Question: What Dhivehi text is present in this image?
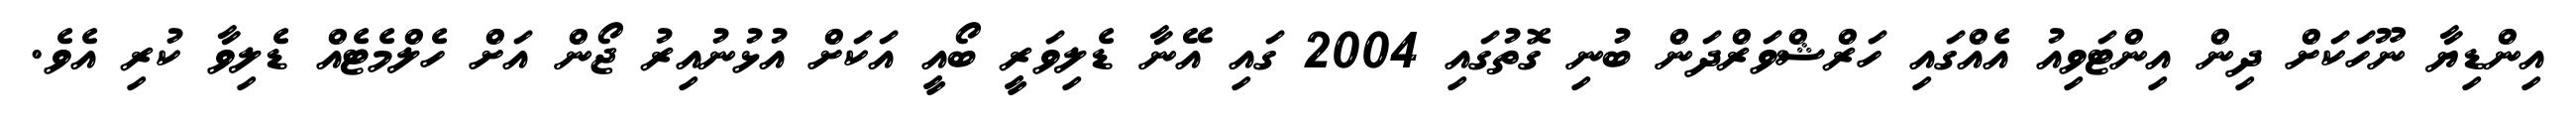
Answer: އިންޑިޔާ ނޫހަކަށް ދިން އިންޓަވިއު އެއްގައި ހަރްޝްވަރްދަން ބުނި ގޮތުގައި 2004 ގައި އޭނާ ޑެލިވަރީ ބޯއީ އަކަށް އުޅުނުއިރު ޖޯން އަށް ހެލްމެޓެއް ޑެލިވާ ކުރި އެވެ.